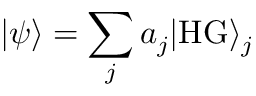
| \psi \rangle = \sum _ { j } a _ { j } | \mathrm { H G } \rangle _ { j }